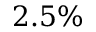
2 . 5 \%